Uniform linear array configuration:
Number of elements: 64
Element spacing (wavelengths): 0.5
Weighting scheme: kaiser
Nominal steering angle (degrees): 30
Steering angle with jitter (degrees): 31.004
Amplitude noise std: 0.05
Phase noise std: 0.05

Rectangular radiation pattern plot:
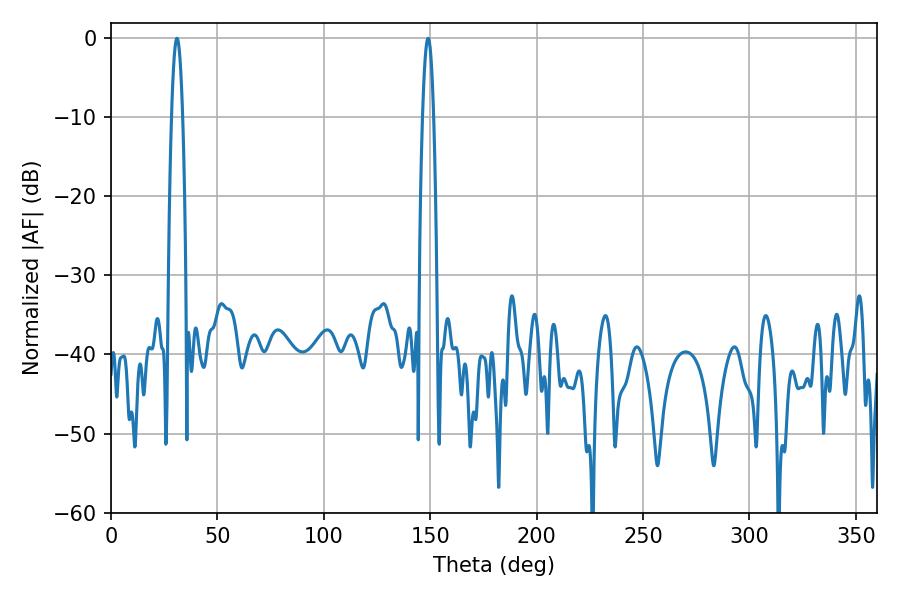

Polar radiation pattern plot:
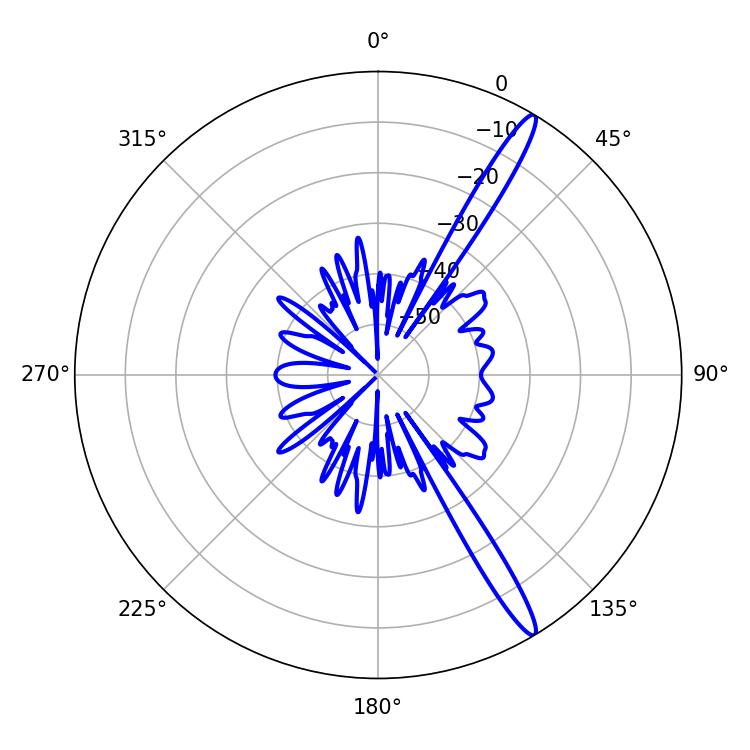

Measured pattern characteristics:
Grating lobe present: FALSE
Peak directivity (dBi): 15.497
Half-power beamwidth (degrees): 2.7
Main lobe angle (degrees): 30.96